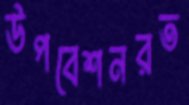
উপবেশনরত